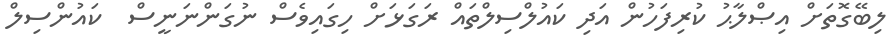
ލިބޭގޮތަށް އިޞްލާޙު ކުރިފަހުން އަދި ކައުލްސިލްތައް ރަގަޅަށް ހިގައިވެސް ނުގަންނަނީސް  ކައުންސިލް